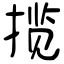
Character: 揽